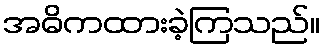
အဓိကထားခဲ့ကြသည်။